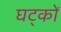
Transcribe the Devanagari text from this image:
घट्कों